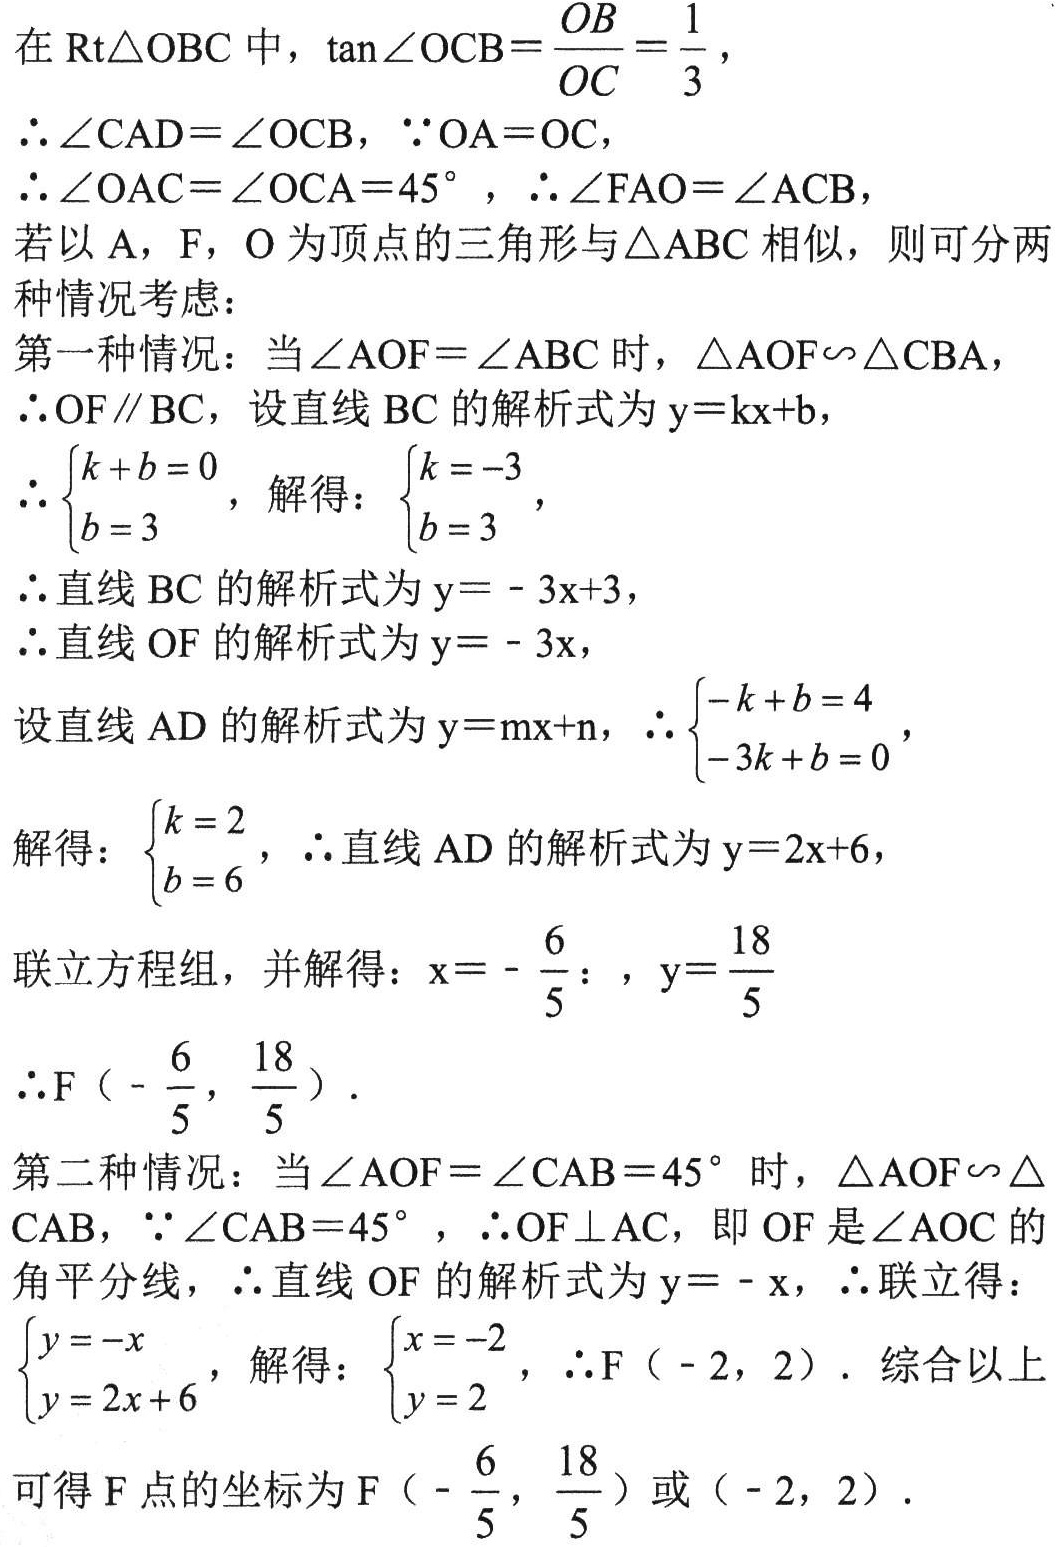
在$\text{Rt}\triangle OBC$中，$\tan\angle OCB = \frac{OB}{OC}=\frac{1}{3}$，
$\therefore\angle CAD = \angle OCB$，$\because OA = OC$，
$\therefore\angle OAC = \angle OCA = 45^{\circ}$，$\therefore\angle FAO = \angle ACB$，
若以$A$，$F$，$O$为顶点的三角形与$\triangle ABC$相似，则可分两
种情况考虑：
第一种情况：当$\angle AOF = \angle ABC$时，$\triangle AOF\backsim\triangle CBA$，
$\therefore OF\parallel BC$，设直线$BC$的解析式为$y = kx + b$，
$\therefore\begin{cases}k + b = 0\\b = 3\end{cases}$，解得：$\begin{cases}k = -3\\b = 3\end{cases}$，
$\therefore$直线$BC$的解析式为$y = - 3x + 3$，
$\therefore$直线$OF$的解析式为$y = - 3x$，
设直线$AD$的解析式为$y = mx + n$，$\therefore\begin{cases}-k + b = 4\\-3k + b = 0\end{cases}$，
解得：$\begin{cases}k = 2\\b = 6\end{cases}$，$\therefore$直线$AD$的解析式为$y = 2x + 6$，
联立方程组，并解得：$x = -\frac{6}{5}$，$y = \frac{18}{5}$
$\therefore F\left(-\frac{6}{5},\frac{18}{5}\right)$．
第二种情况：当$\angle AOF = \angle CAB = 45^{\circ}$时，$\triangle AOF\backsim\triangle$
$CAB$，$\because\angle CAB = 45^{\circ}$，$\therefore OF\perp AC$，即$OF$是$\angle AOC$的
角平分线，$\therefore$直线$OF$的解析式为$y = - x$，$\therefore$联立得：
$\begin{cases}y = -x\\y = 2x + 6\end{cases}$，解得：$\begin{cases}x = -2\\y = 2\end{cases}$，$\therefore F(-2,2)$．综合以上
可得$F$点的坐标为$F\left(-\frac{6}{5},\frac{18}{5}\right)$或$(-2,2)$．